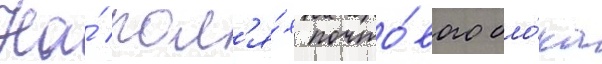
На́ пол'я́х почто́вого бло́ка